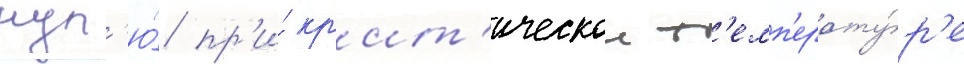
нул'ю́ пр'и́ кр'ит'ическои т'емп'ерату́р'е